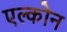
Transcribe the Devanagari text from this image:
एल्कोन